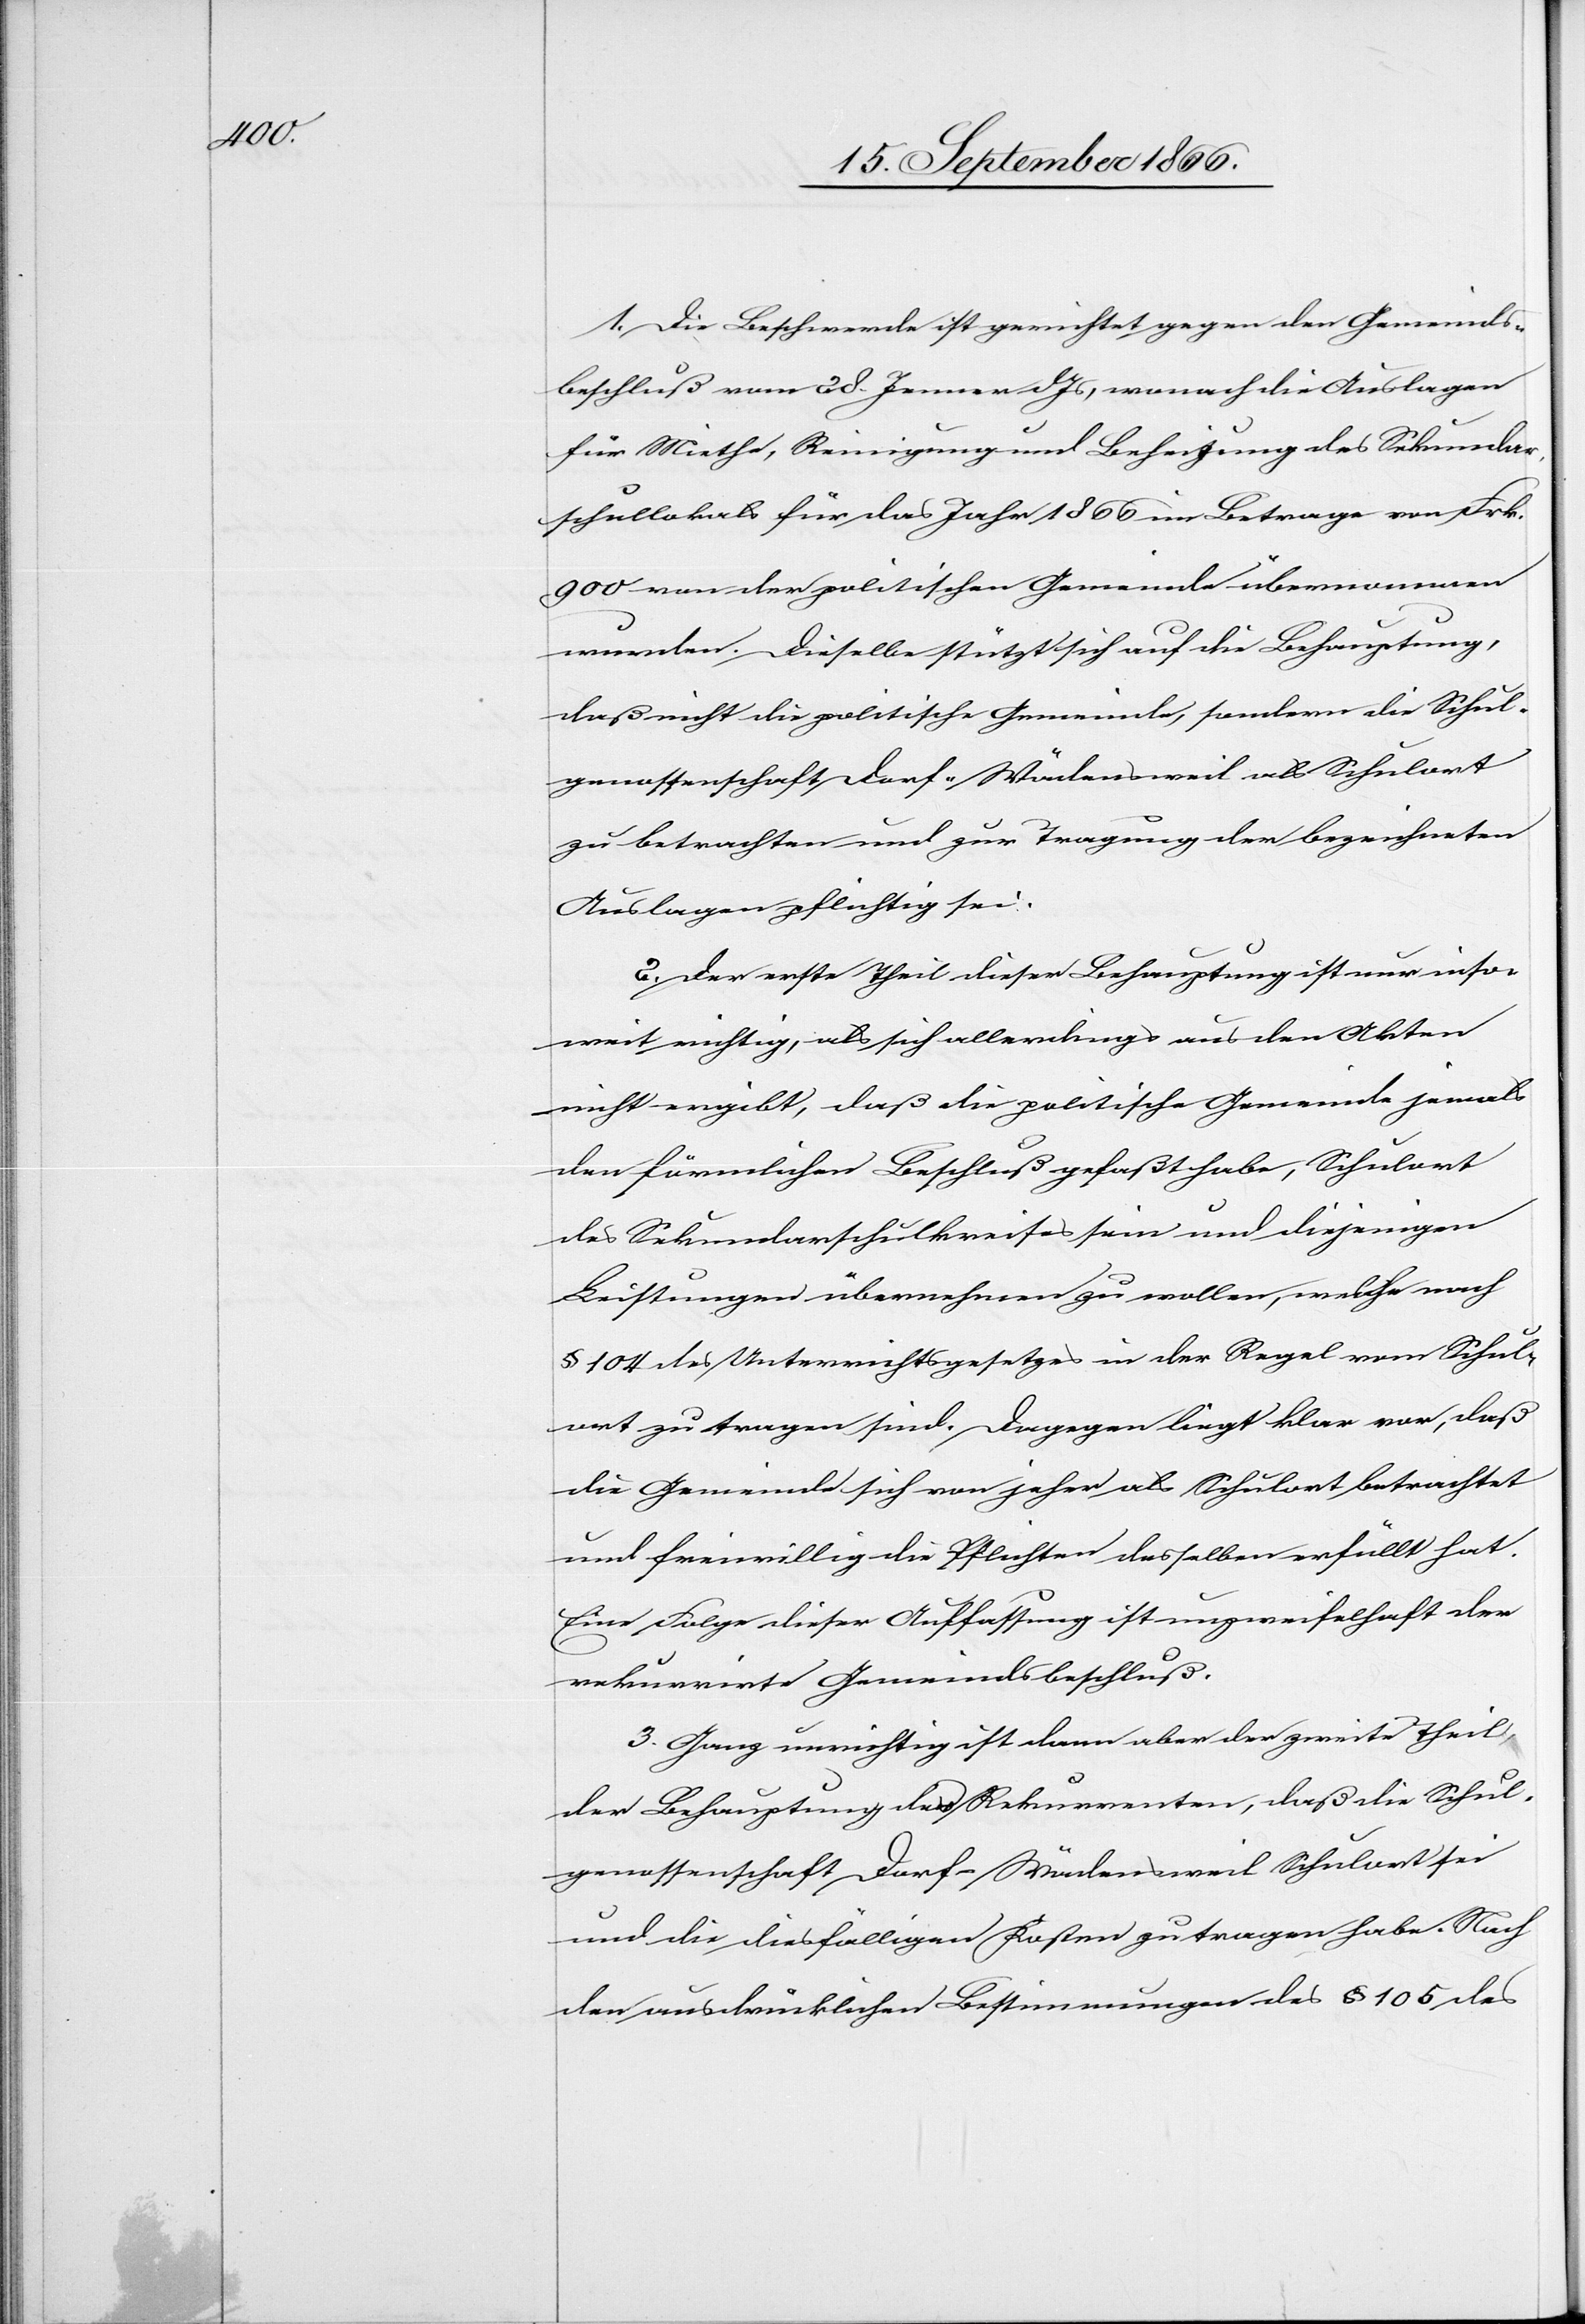
1. Die Beschwerde ist gerichtet gegen den Gemeinds¬
beschluß vom 28. Jenner dJs, wonach die Auslagen
für Miethe, Reinigung und Beheizung des Sekundar¬
schullokals für das Jahr 1866 im Betrage von Frk.
900 von der politischen Gemeinde übernommen
wurden. Dieselbe stützt sich auf die Behauptung,
daß nicht die politische Gemeinde, sondern die Schul¬
genossenschaft Dorf-Wädensweil als Schulort
zu betrachten und zur Tragung der bezeichneten
Auslagen pflichtig sei.
2. Der erste Theil dieser Behauptung ist nur inso¬
weit richtig, als sich allerdings aus den Akten
nicht ergibt, daß die politische Gemeinde jemals
den förmlichen Beschluß gefaßt habe, Schulort
des Sekundarschulkreises sein und diejenigen
Leistungen übernehmen zu wollen, welche nach
§ 104 des Unterrichtsgesetzes in der Regel vom Schul¬
ort zu tragen sind. Dagegen liegt klar vor, daß
die Gemeinde sich von jeher als Schulort betrachtet
und freiwillig die Pflichten desselben erfüllt hat.
Eine Folge dieser Auffassung ist unzweifelhaft der
rekurrirte Gemeindsbeschluß.
3. Ganz unrichtig ist dann aber der zweite Theil
der Behauptung der Rekurrenten, daß die Schul¬
genossenschaft Dorf-Wädensweil Schulort sei
und die diesfälligen Kosten zu tragen habe. Nach
den ausdrücklichen Bestimmungen des § 105 des